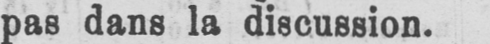
pas dans la discussion.